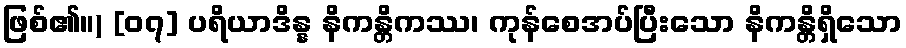
ဖြစ်၏။) [၀၇] ပရိယာဒိန္န နိကန္တိကဿ၊ ကုန်စေအပ်ပြီးသော နိကန္တိရှိသော